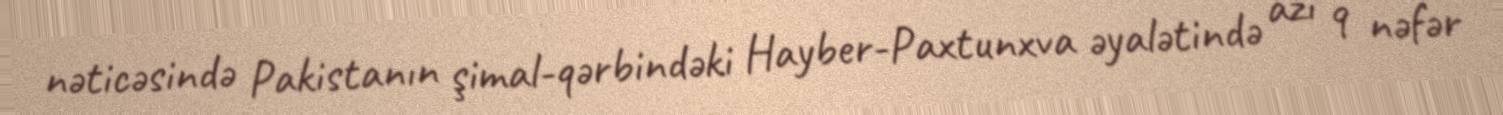
nəticəsində Pakistanın şimal-qərbindəki Hayber-Paxtunxva əyalətində azı 9 nəfər